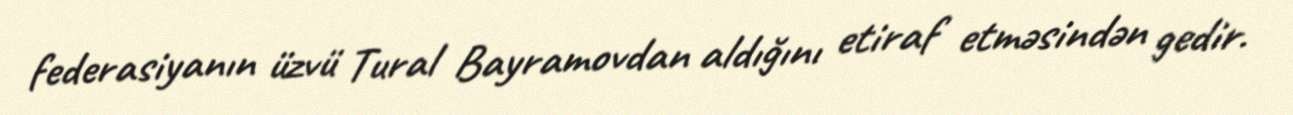
federasiyanın üzvü Tural Bayramovdan aldığını etiraf etməsindən gedir.